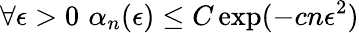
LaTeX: \forall\epsilon>0\, \, \alpha_{n}(\epsilon)\leq C\exp(-cn\epsilon^{2})